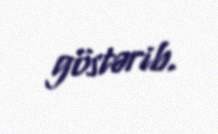
göstərib.